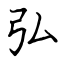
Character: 弘